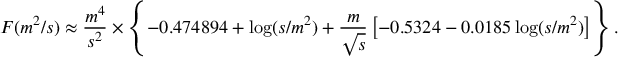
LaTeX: F ( m ^ { 2 } / s ) \approx { \frac { m ^ { 4 } } { s ^ { 2 } } } \times \left\{ - 0 . 4 7 4 8 9 4 + \log ( s / m ^ { 2 } ) + { \frac { m } { \sqrt s } } \left[ - 0 . 5 3 2 4 - 0 . 0 1 8 5 \log ( s / m ^ { 2 } ) \right] \right\} .